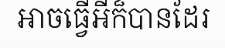
អាចធ្វើអីក៏បានដែរ